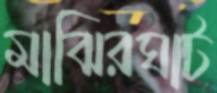
মাঝিরঘাট